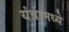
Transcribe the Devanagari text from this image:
यंत्रामध्ये